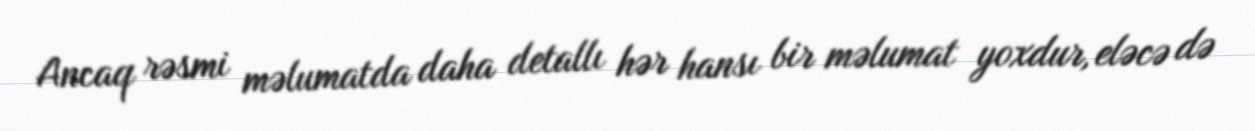
Ancaq rəsmi məlumatda daha detallı hər hansı bir məlumat yoxdur, eləcə də